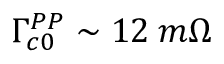
\Gamma _ { c 0 } ^ { P P } \sim 1 2 \: m \Omega